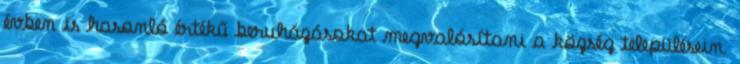
évben is hasonló értékű beruházásokat megvalósítani a község településein.